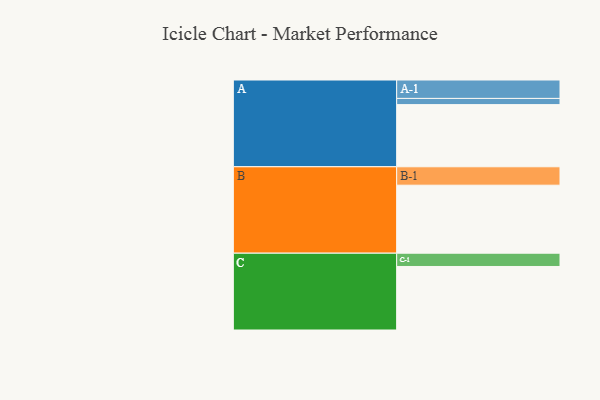
{"axis": {"x": "Segment", "y": "Value"}, "legend": ["", "A", "B", "C"], "data": [{"x": "A", "y": 543, "type": ""}, {"x": "B", "y": 594, "type": ""}, {"x": "C", "y": 555, "type": ""}, {"x": "A-1", "y": 161, "type": "A"}, {"x": "A-2", "y": 54, "type": "A"}, {"x": "B-1", "y": 161, "type": "B"}, {"x": "C-1", "y": 116, "type": "C"}]}